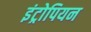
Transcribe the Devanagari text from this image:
इंट्रोपियन